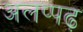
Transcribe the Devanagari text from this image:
अलप्पढ़